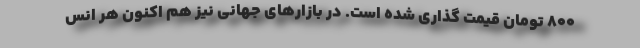
۸۰۰ تومان قیمت گذاری شده است. در بازارهای جهانی نیز هم اکنون هر انس